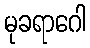
မုခရာဂေါ